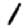
Digit: 1